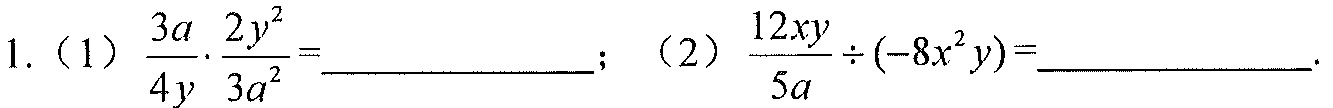
1. (1) \(\frac{3a}{4y}\cdot\frac{2y^{2}}{3a^{2}}=\underline{\quad\quad}\); (2) \(\frac{12xy}{5a}\div(-8x^{2}y)=\underline{\quad\quad}\).